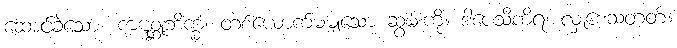
ဆောင်ခဲ့သော။ ကဋစ္ဆုဘိက္ခံ၊ တစ်ယောက်မမျှသော ဆွမ်းကို။ ဒါပေသိကိရ၊ လှူစေသတတ်။